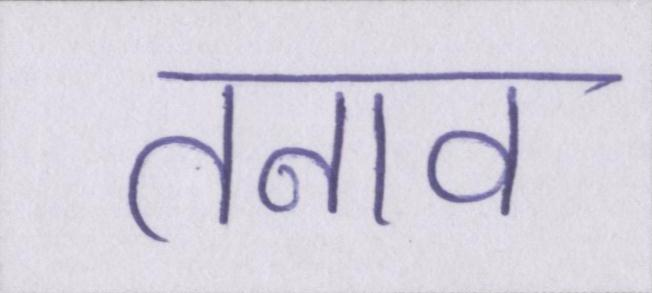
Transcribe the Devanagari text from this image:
तनाव